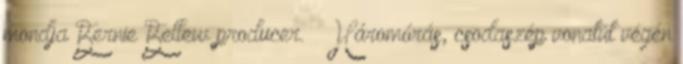
mondja Bernie Bellew producer. – Háromórás, csodaszép vonatút végén